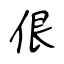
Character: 佷